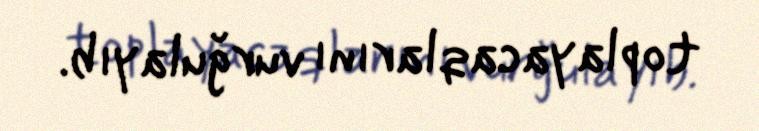
toplayacaqlarını vurğulayıb.